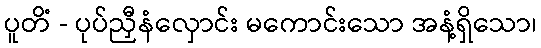
ပူတိံ - ပုပ်ညှီနံလှောင်း မကောင်းသော အနံ့ရှိသော၊